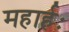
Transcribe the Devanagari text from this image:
महार्हः